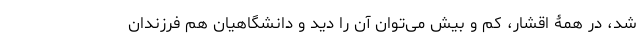
شد، در همۀ اقشار، کم و بیش می‌توان آن را دید و دانشگاهیان هم فرزندان